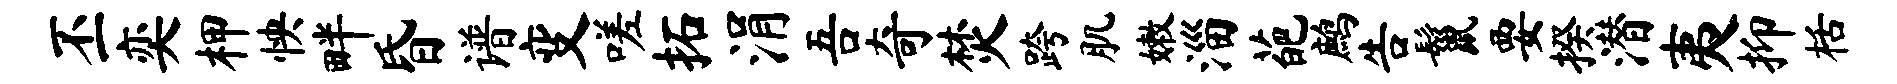
丕奕柙怏畔昏谱变嗟拓涓吾奇焚跨肌嫩淄葩鹧告鬣要揆潜夷抑栝